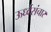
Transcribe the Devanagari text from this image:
ऊर्ध्वसंचार